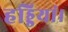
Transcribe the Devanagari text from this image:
हड्डियां।